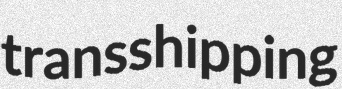
transshipping